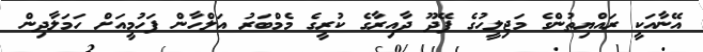
އޭނާއަކީ ރައްޔިތުންގެ މަޖިލީހުގެ ފޭދޫ ދާއިރާގެ ކުރީގެ މެމްބަރު އަލްހާން ފަހުމީއަށް ހަމަލާދިން